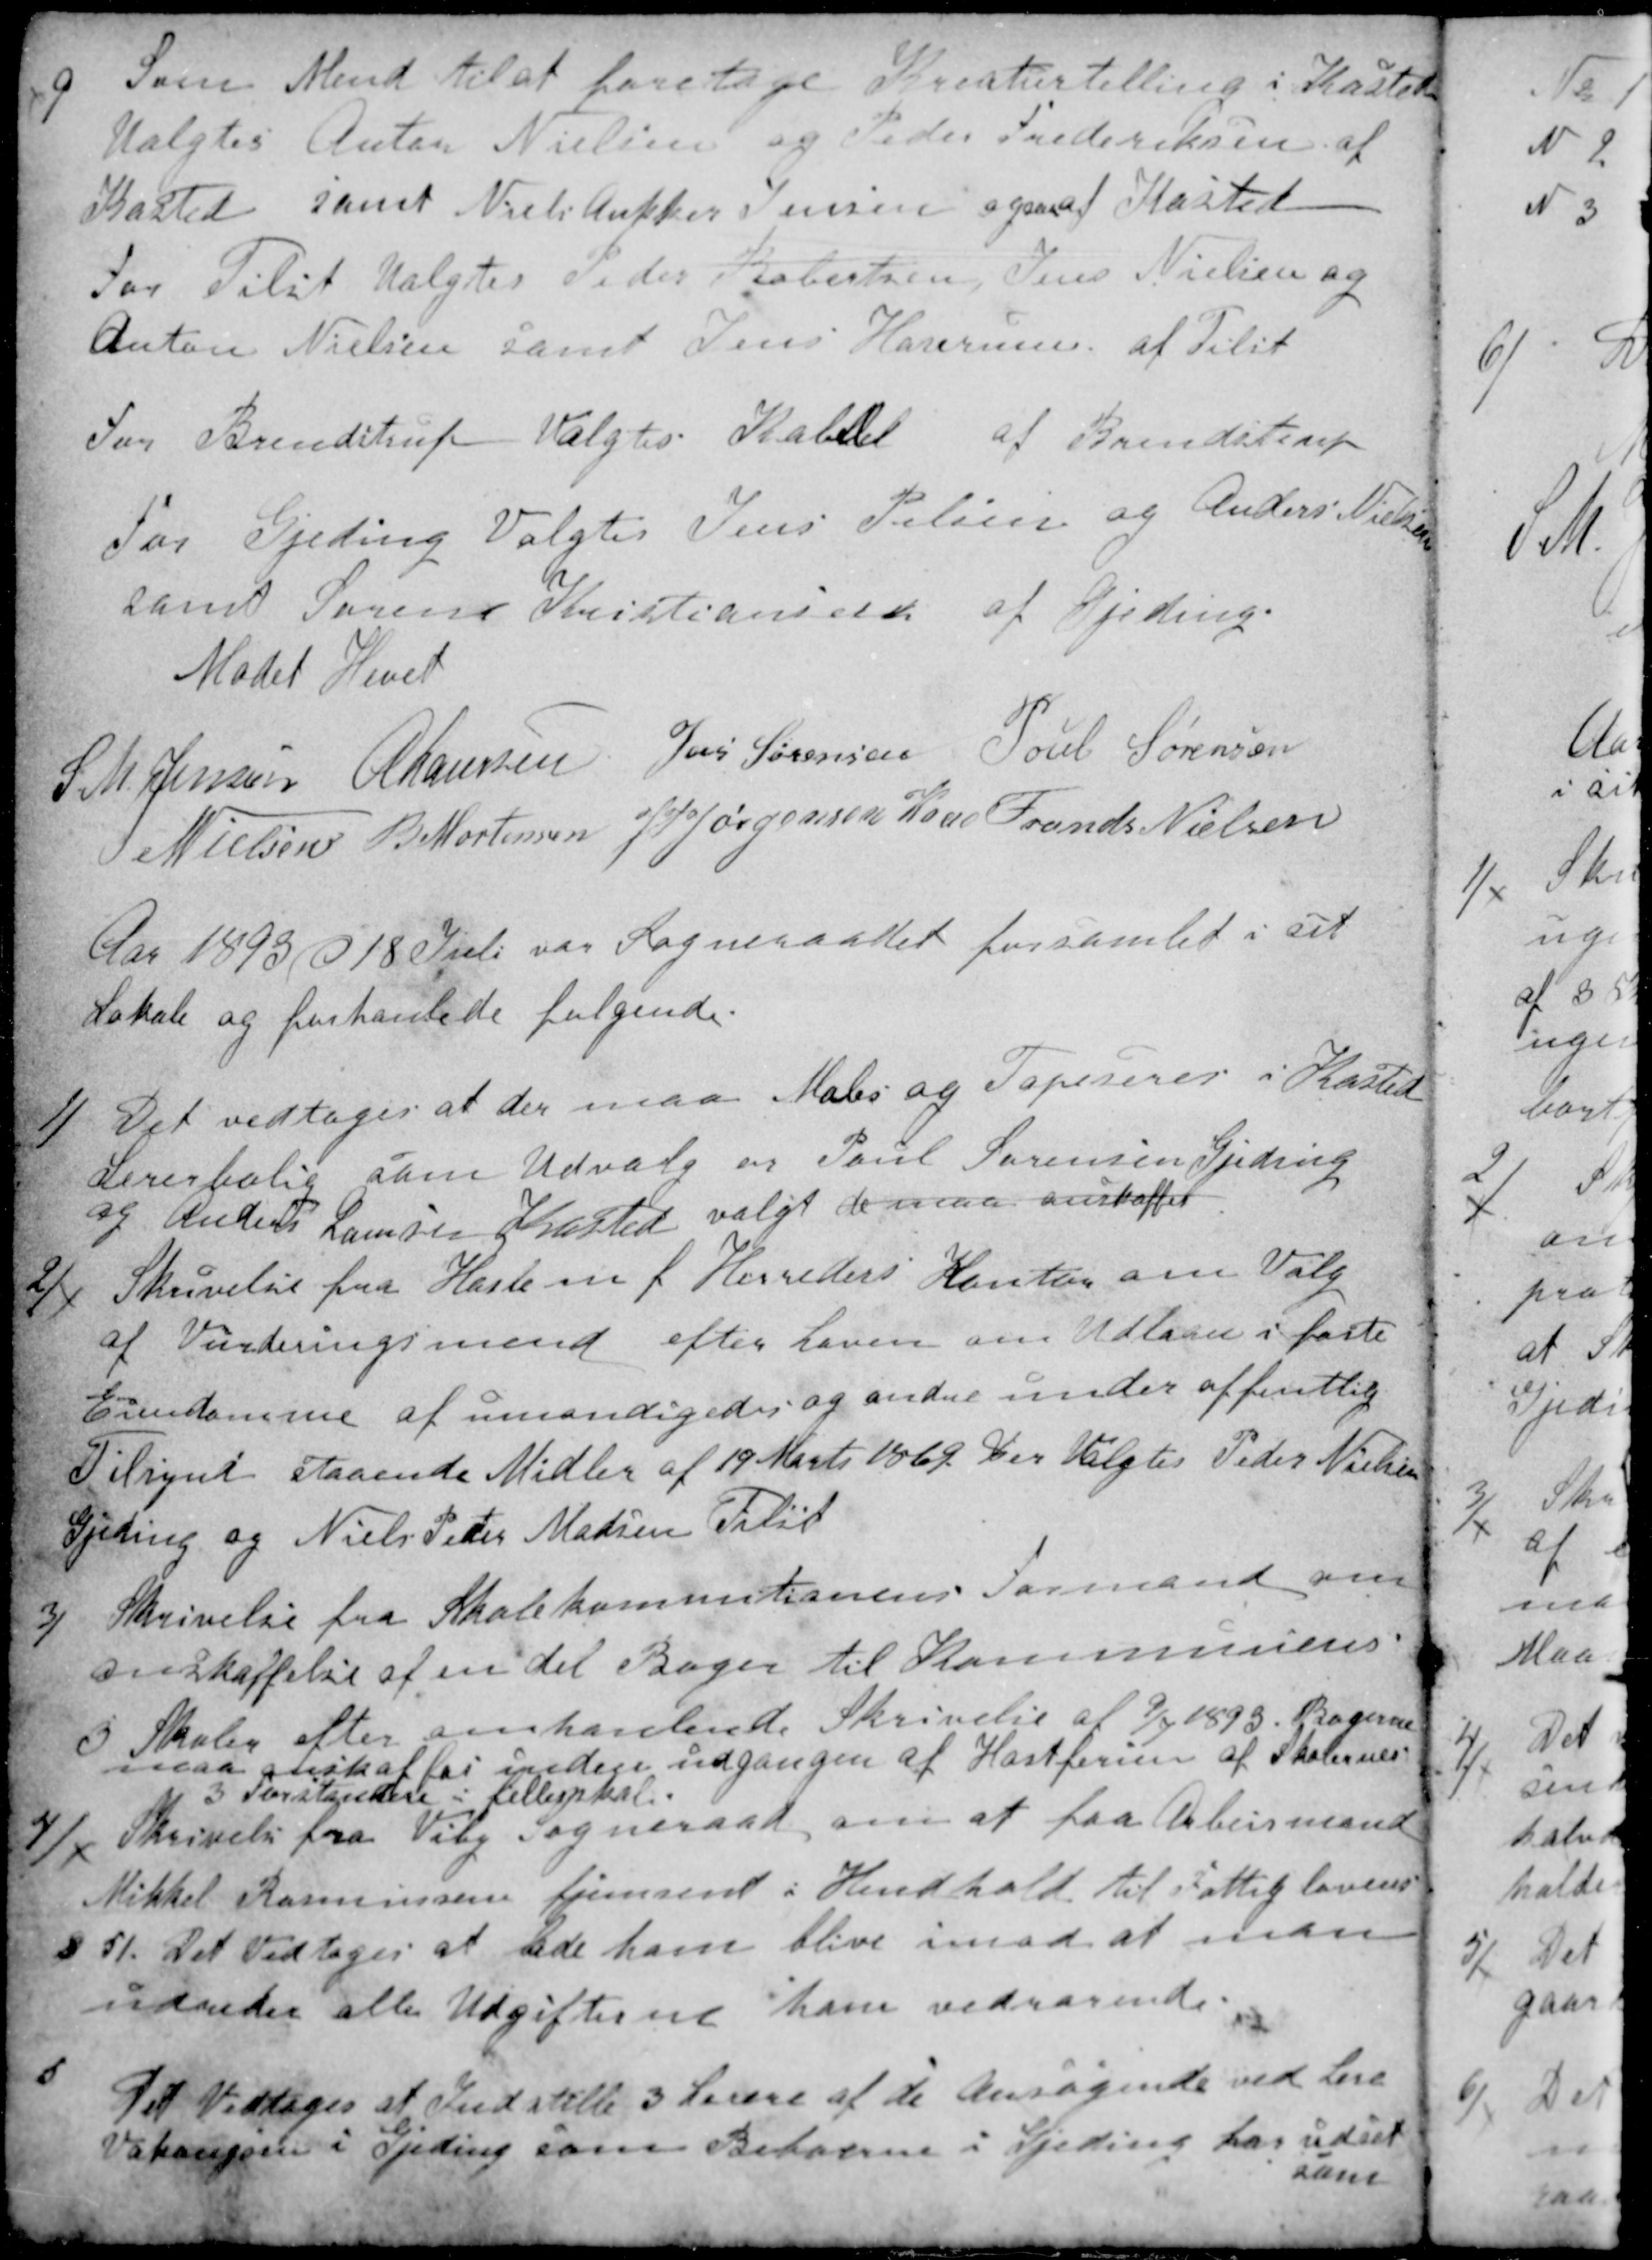
Transskription:
9
Som Mend til at foretage Kreaturtælling i Kasted
Valgtes Anton Nielsen og Peder Frederiksen af
Kasted samt Niels Ankker Jensen ogsaa af Kasted
For Tilst Valgtes Peder Robertsen, Jens Nielsen og
Anton Nielsen samt Jens Haurum af Tilst
For Brendstrup Valgtes Kabell af Brendstrup
For Gjeding Valgtes Jens Pelsen og Anders Nielsen
samt Søren Kristiansen af Gjeding.
Mødet Hevet
S. M. Jensen
A Laursen
Jens Sørensen
Poul Sørensen
N Nielsen
B. Mortensen
J P Jørgensen Kaae
Frands Nielsen
Aar 1893 d 18 Juli var Sogneraadet forsamlet i sit
Lokale og forhanlede følgende.
1)
Det vedtoges at der maa Males og Tapeseres i Kasted
Lererbolih som Udvalg er Poul Sørensen Gjeding
og Anders Laursen Kasted valgt de maa anskaffes
2)
Skrivelse fra Hasle m f Herreders Kontor om Valg
af Vurderingsmend efter Loven om Udlaan i faste
Eiendomme af umyndigedes og andre under offentlig
Tilsynd staaende Midler af 19 Marts 1869. Der Valgtes Peder Nielsen
Gjeding og Niels Peder Madsen Tilst
3)
Skrivelse fra Skolekommitionens Formand om
anskaffelse af en del Bøger til Kommunens
3 Skoler efter omhandlende Skrivelse af 9/7 1893. Bøgerne
maa anskaffes inden udgangen af Høstferien af Skolernes
3 Forstandere i fellesskab.
4)
Skrivelse fra Viby Sogneraad, om at faa Arbeismand
Mikkel Rasmussen hjemsent i Hendhold til Fattiglovens
§ 51. Det vedtoges at lade ham blive imod at man
udreder alle Udgifterne ham vedrørende.
5
Det Vedtoges at Indstille 3 Lerere af de Ansøgende ved Lere-
Vakangsen i Gjeding som Beboerne i Gjeding har udset
som